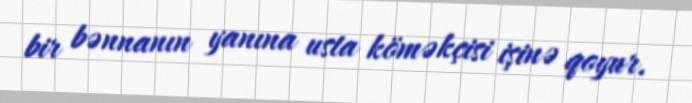
bir bənnanın yanına usta köməkçisi işinə qoyur.